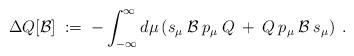
LaTeX: \begin{align*}\Delta Q[{\mathcal{B}}] \;:=\;-\int_{-\infty}^\infty d\mu \left( s_\mu \:{\mathcal{B}}\:p_\mu\:Q\:+\: Q \:p_\mu \:{\mathcal{B}}\:s_\mu \right) \;. \end{align*}